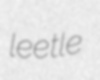
leetle